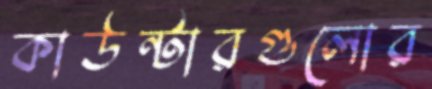
কাউন্টারগুলোর